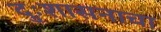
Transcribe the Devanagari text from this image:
दुःशासनाचा